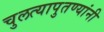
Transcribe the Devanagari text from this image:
चुलत्यापुतण्यांनी